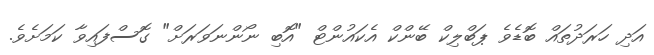
އަދި ހަރަދުތައް ބޮޑެވެ ޕަބްލިކް ބޭންކް އެކައުންޓް "އޮބި ނޯންނަވަރަށް" ގޮސްފައިވާ ކަމަށެވެ.